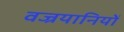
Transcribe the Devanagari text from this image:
वज्रयानियों